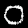
Label: 0